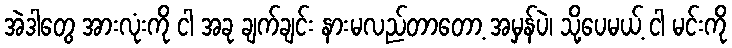
အဲဒါတွေ အားလုံးကို ငါ အခု ချက်ချင်း နားမလည်တာတော့ အမှန်ပဲ၊ သို့ပေမယ့် ငါ မင်းကို